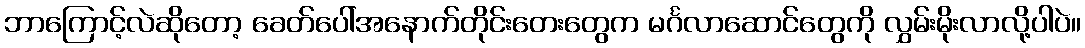
ဘာကြောင့်လဲဆိုတော့ ခေတ်ပေါ်အနောက်တိုင်းတေးတွေက မင်္ဂလာဆောင်တွေကို လွှမ်းမိုးလာလို့ပါပဲ။